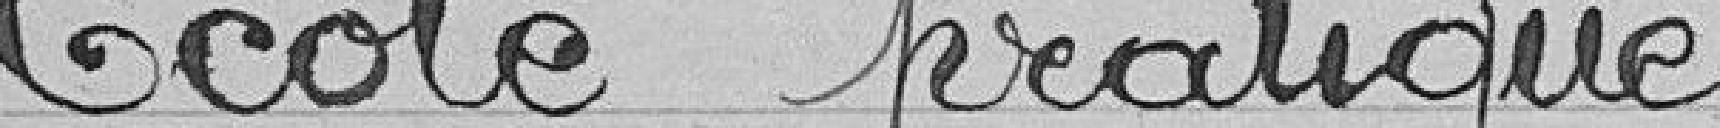
Ecole pratique